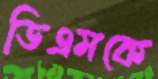
ডিএমকে